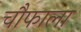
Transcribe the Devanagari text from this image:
चौफाला